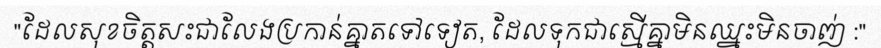
"ដែលសុខចិត្តសះជាលែងប្រកាន់គ្នាតទៅទៀត, ដែលទុកជាស្មើគ្នាមិនឈ្នះមិនចាញ់ :"